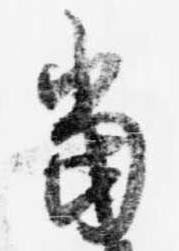
当